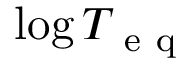
\log T _ { \mathrm { ~ e ~ q ~ } }